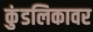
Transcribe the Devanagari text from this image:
कुंडलिकावर